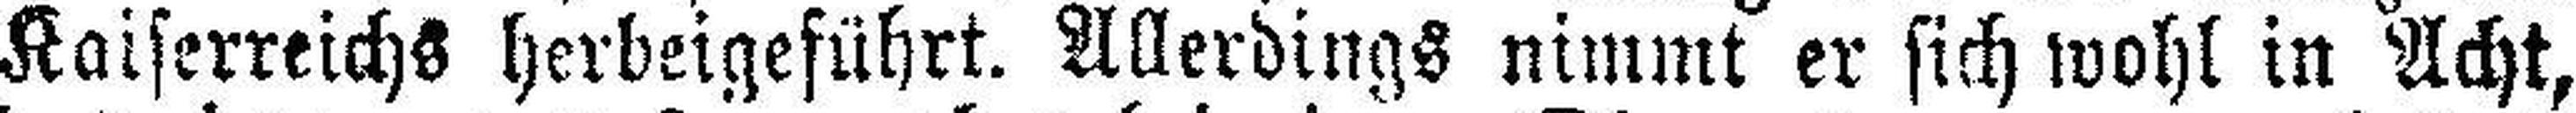
Kaiserreichs herbeigeführt. Allerdings nimmt er sich wohl in Acht,